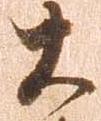
大